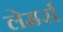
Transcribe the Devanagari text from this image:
लेमर्स